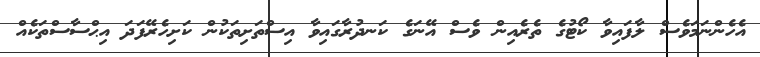
އެހެންނަމަވެސް ލާފައިވާ ކޯޓުގެ ތެރެއިން ވެސް އޭނަގެ ކަނދުރާގައިވާ އިސްތަށިތަކުން ކަށިހެރޭފަދަ އިޙްސާސްތަކެއް